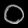
Digit: ၀